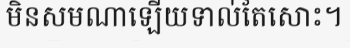
មិនសមណាឡើយទាល់តែសោះ។